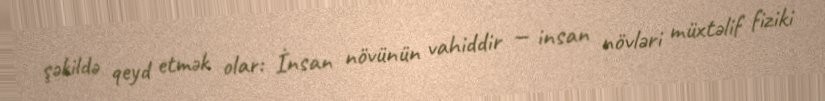
şəkildə qeyd etmək olar: İnsan növünün vahiddir — insan növləri müxtəlif fiziki